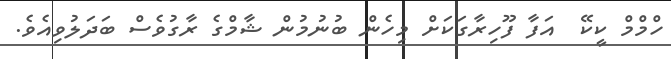
ހްމްމް ކީކޭ  އަފާ ފޫހިރާގަކަށް މިހެން ބުނުމުން ޝާމްގެ ރާގުވެސް ބަދަލުވިއެވެ.